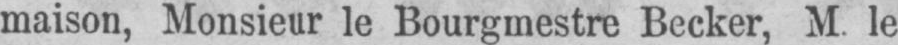
maison, Monsieur le Bourgmestre Becker, M. le